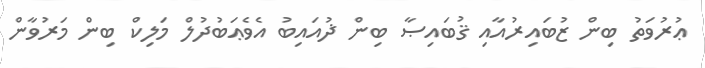
ޢުރުވަތު ބިން ޒުބައިރުއާއި ޤުބައިޞާ ބިން ޛުއައިބު އެވެޢަބުދުލް މަލިކް ބިން މަރުވާން